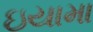
ઇયામા